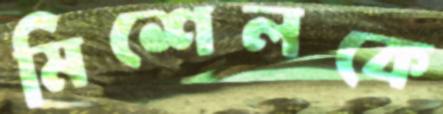
মিশেলকে